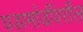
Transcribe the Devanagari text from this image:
घडामोडींवरील